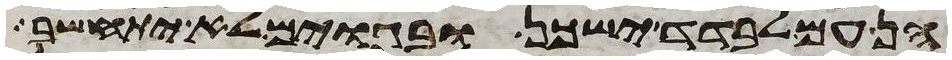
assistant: הן עם לבדד ישכן ובגוים לא יתחשב